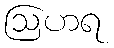
ဩဟရ